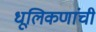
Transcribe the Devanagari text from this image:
धूलिकणांची